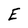
Character: E